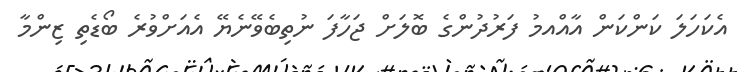
އެކަހަލަ ކަަންކަން އާއްއމު ފަރުދުންގެ ބޮލަށް ޖަހާފަ ނުތިބެވޭނެޔޭ އެއަށްވުރެ ބޯޑެތި ޒިންމާ